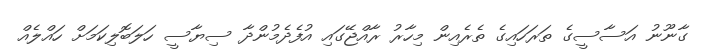
ގާނޫނު އަސާސީގެ ތަރަހައިގެ ތެރެއިން މިހާރު ރާއްޖޭގައި އުފެދެމުންދާ ސިޔާސީ ހަލަބޮލިކަމަށް ހައްލެއް